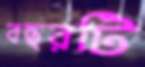
বছরটি